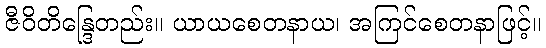
ဇီဝိတိန္ဒြေတည်း။ ယာယစေတနာယ၊ အကြင်စေတနာဖြင့်။